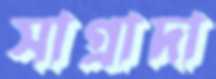
সাগ্রাদা